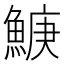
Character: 𬵛